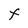
Character: F